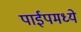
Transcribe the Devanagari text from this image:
पाईपमध्ये